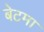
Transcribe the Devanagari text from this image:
बेटमा